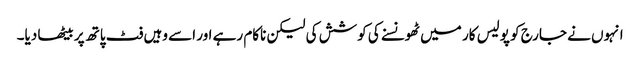
انہوں نے جارج کو پولیس کار میں ٹھونسنے کی کوشش کی لیکن ناکام رہے اور اسے وہیں فٹ پاتھ پر بیٹھا دیا۔